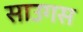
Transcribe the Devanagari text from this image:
साउगस